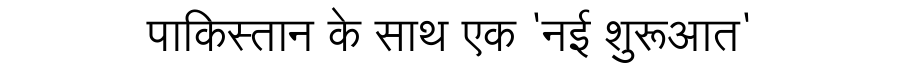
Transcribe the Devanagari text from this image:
पाकिस्तान के साथ एक 'नई शुरूआत'